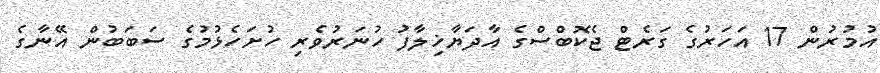
އުމުރުން 17 އަހަރުގެ ގަރެޓް ޖެކޮބްސްގެ އާދަޔާޚިލާފު ހުނަރުވެރި ހުށަހެޅުމުގެ ސަބަބުން އޭނާގެ